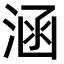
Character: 涵